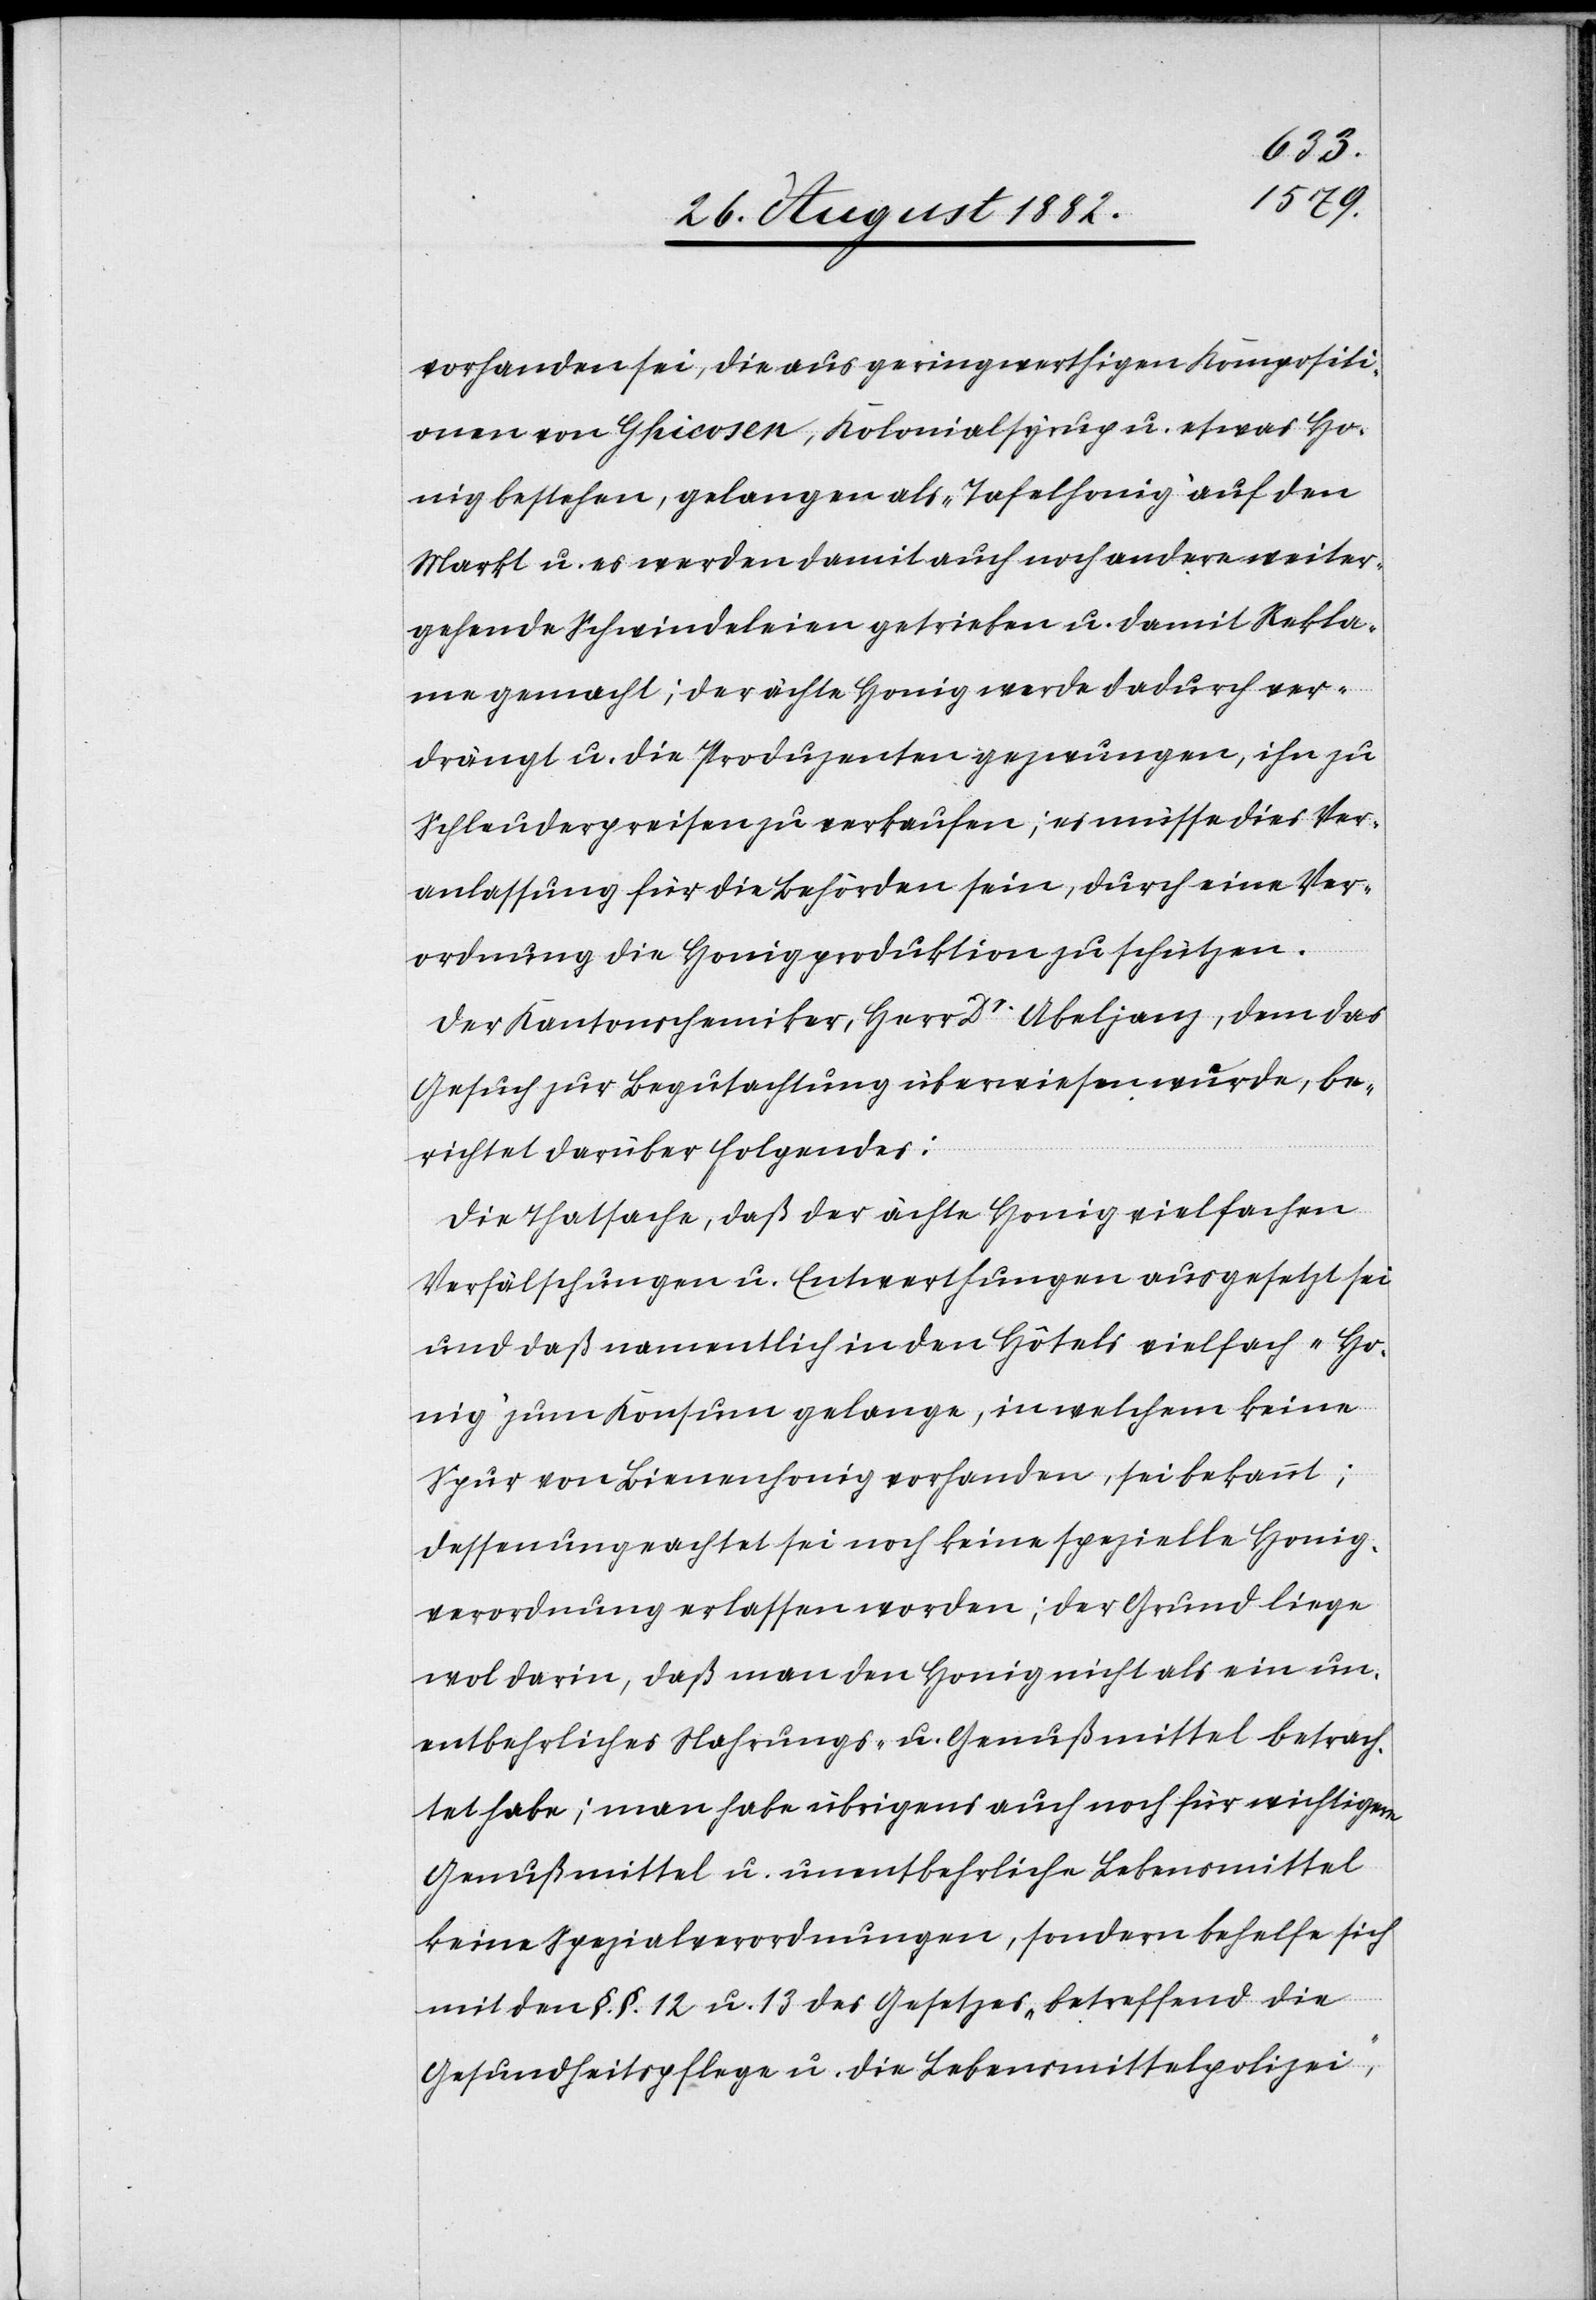
vorhanden sei, die aus geringwerthigen Kompositi¬
onen von Ghicosen, Kolonialsyrup u. etwas Ho¬
nig bestehen, gelangen als „Tafelhonig“ auf den
Markt u. es werden damit auch noch andere weiter¬
gehende Schwindeleien getrieben u. damit Rekla¬
me gemacht; der ächte Honig werde dadurch ver¬
drängt u. die Produzenten gezwungen, ihn zu
Schleuderpreisen zu verkaufen; es müsse dies Ver¬
anlassung für die Behörden sein, durch eine Ver¬
ordnung die Honigproduktion zu schützen.
Der Kantonschemiker, Herr Dr Abeljanz, dem das
Gesuch zur Begutachtung überwiesen wurde, be¬
richtet darüber Folgendes:
Die Thatsache, daß der ächte Honig vielfachen
Verfälschungen u. Entwerthungen ausgesetzt sei
und daß namentlich in den Hôtels vielfach „Ho¬
nig“ zum Konsum gelange, in welchem keine
Spur von Bienenhonig vorhanden, sei bekannt;
dessenungeachtet sei noch keine spezielle Honig¬
verordnung erlassen worden; der Grund liege
wol darin, daß man den Honig nicht als ein un¬
entbehrliches Nahrungs- u. Genußmittel betrach¬
tet habe; man habe übrigens auch noch für wichtigere
Genußmittel u. unentbehrliche Lebensmittel
keine Spezialverordnungen, sondern behelfe sich
mit den §. §. 12 u. 13 des Gesetzes „betreffend die
Gesundheitspflege u. die Lebensmittelpolizei“,